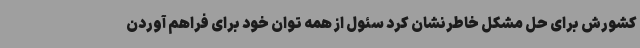
کشورش برای حل مشکل خاطرنشان کرد سئول از همه توان خود برای فراهم آوردن